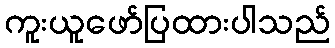
ကူးယူဖော်ပြထားပါသည်